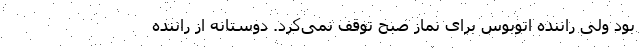
بود ولی راننده اتوبوس برای نماز صبح توقف نمی‌کرد. دوستانه از راننده